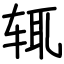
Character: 辄